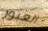
العبور